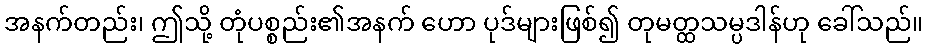
အနက်တည်း၊ ဤသို့ တုံပစ္စည်း၏အနက် ဟော ပုဒ်များဖြစ်၍ တုမတ္ထသမ္ပဒါန်ဟု ခေါ်သည်။